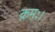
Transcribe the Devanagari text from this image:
क्रमः।